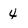
Character: 4